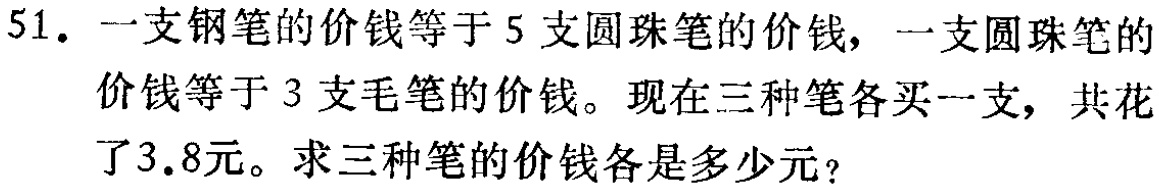
51. 一支钢笔的价钱等于 5 支圆珠笔的价钱，一支圆珠笔的价钱等于 3 支毛笔的价钱。现在三种笔各买一支，共花了3.8元。求三种笔的价钱各是多少元？